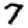
Digit: 7